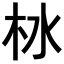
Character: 𪱹